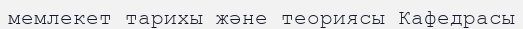
мемлекет тарихы және теориясы Кафедрасы